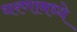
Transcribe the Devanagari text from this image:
धरणामध्ये